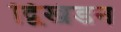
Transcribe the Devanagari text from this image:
द्विखंडन